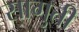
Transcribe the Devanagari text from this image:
सागुती